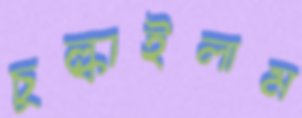
চুল্‌কাইলাম